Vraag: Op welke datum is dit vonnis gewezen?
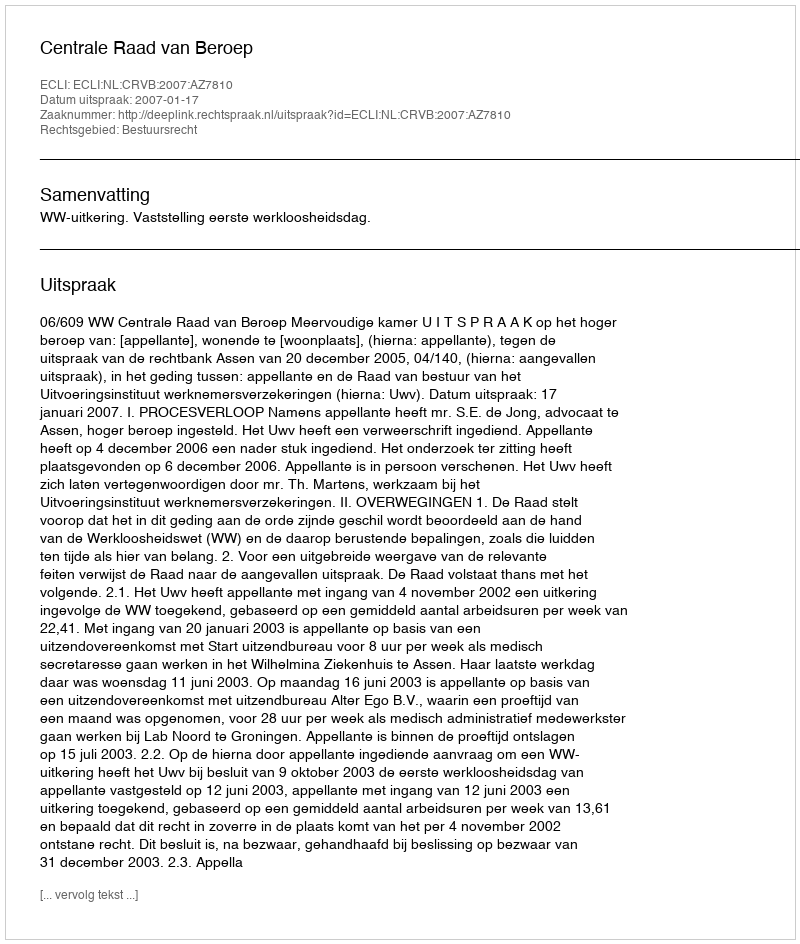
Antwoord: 2007-01-17